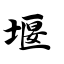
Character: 堰